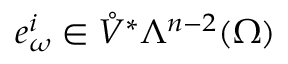
e _ { \omega } ^ { i } \in \mathring { V } ^ { \ast } \Lambda ^ { n - 2 } ( \Omega )